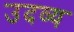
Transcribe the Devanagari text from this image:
उदव्य